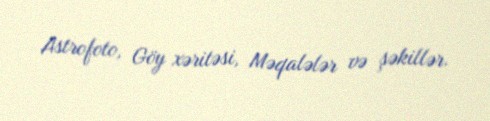
Astrofoto, Göy xəritəsi, Məqalələr və şəkillər.